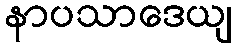
နာပသာဒေယျ